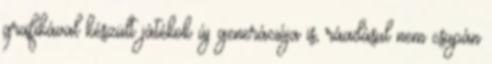
grafikával készült játékok új generációja is, ráadásul nem csupán